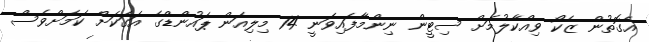
އެގޮތުން ޒެކޯ ވިއްކާލުމަށް ސިޓީން ނިންމާފައިވަނީ 14 މިލިއަން ޕައުންޑްގެ އަގަކަށް ކަމަށްވެސް